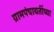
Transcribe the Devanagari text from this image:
ग्रामपंचायतींच्या